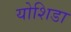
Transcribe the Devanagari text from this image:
योशिडा